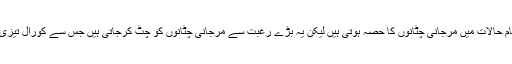
اگرچہ تھورن اسٹار فِش عام حالات میں مرجانی چٹانوں کا حصہ ہوتی ہیں لیکن یہ بڑے رغبت سے مرجانی چٹانوں کو چٹ کرجاتی ہیں جس سے کورال تیزی سے تباہ ہونے لگتے ہیں۔